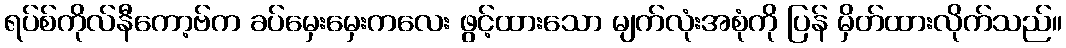
ရပ်စ်ကိုလ်နီကော့ဗ်က ခပ်မှေးမှေးကလေး ဖွင့်ထားသော မျက်လုံးအစုံကို ပြန် မှိတ်ထားလိုက်သည်။